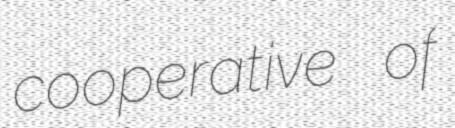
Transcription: cooperative of